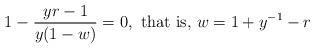
LaTeX: \begin{align*} 1-\frac{yr-1}{y(1-w)}=0, \mbox{ that is},\, w=1+y^{-1}-r \end{align*}